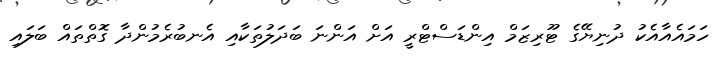
ހަމައެއާއެކު ދުނިޔޭގެ ޓޫރިޒަމް އިންޑަސްޓްރީ އަށް އަންނަ ބަދަލުތަކާއި އެނބުރެމުންދާ ގޮތްތައް ބަލައި